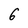
Character: 6